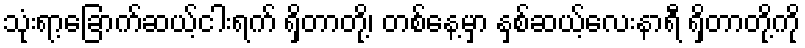
သုံးရာ့ခြောက်ဆယ့်ငါးရက် ရှိတာတို့၊ တစ်နေ့မှာ နှစ်ဆယ့်လေးနာရီ ရှိတာတို့ကို